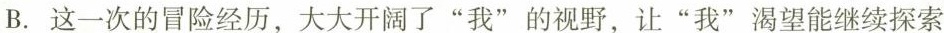
B.这一次的险经历，大大开阔了”我”的视野，让”我”离望能继续探索